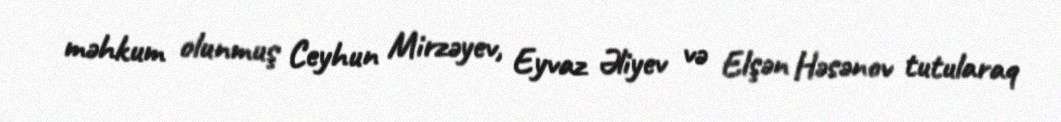
məhkum olunmuş Ceyhun Mirzəyev, Eyvaz Əliyev və Elşən Həsənov tutularaq